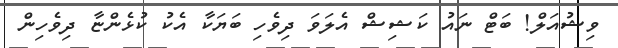
ވިޝުއަލް! ބަޓް ނައު ކަޝިޝް އެލަވަ ދިވެހި ބަޔަކާ އެކު ކުޅެންޏާ ދިވެހިން